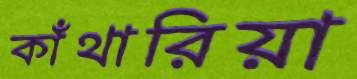
কাঁথারিয়া